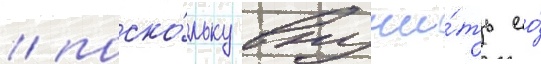
/ поско́льку вручи́ть ео́